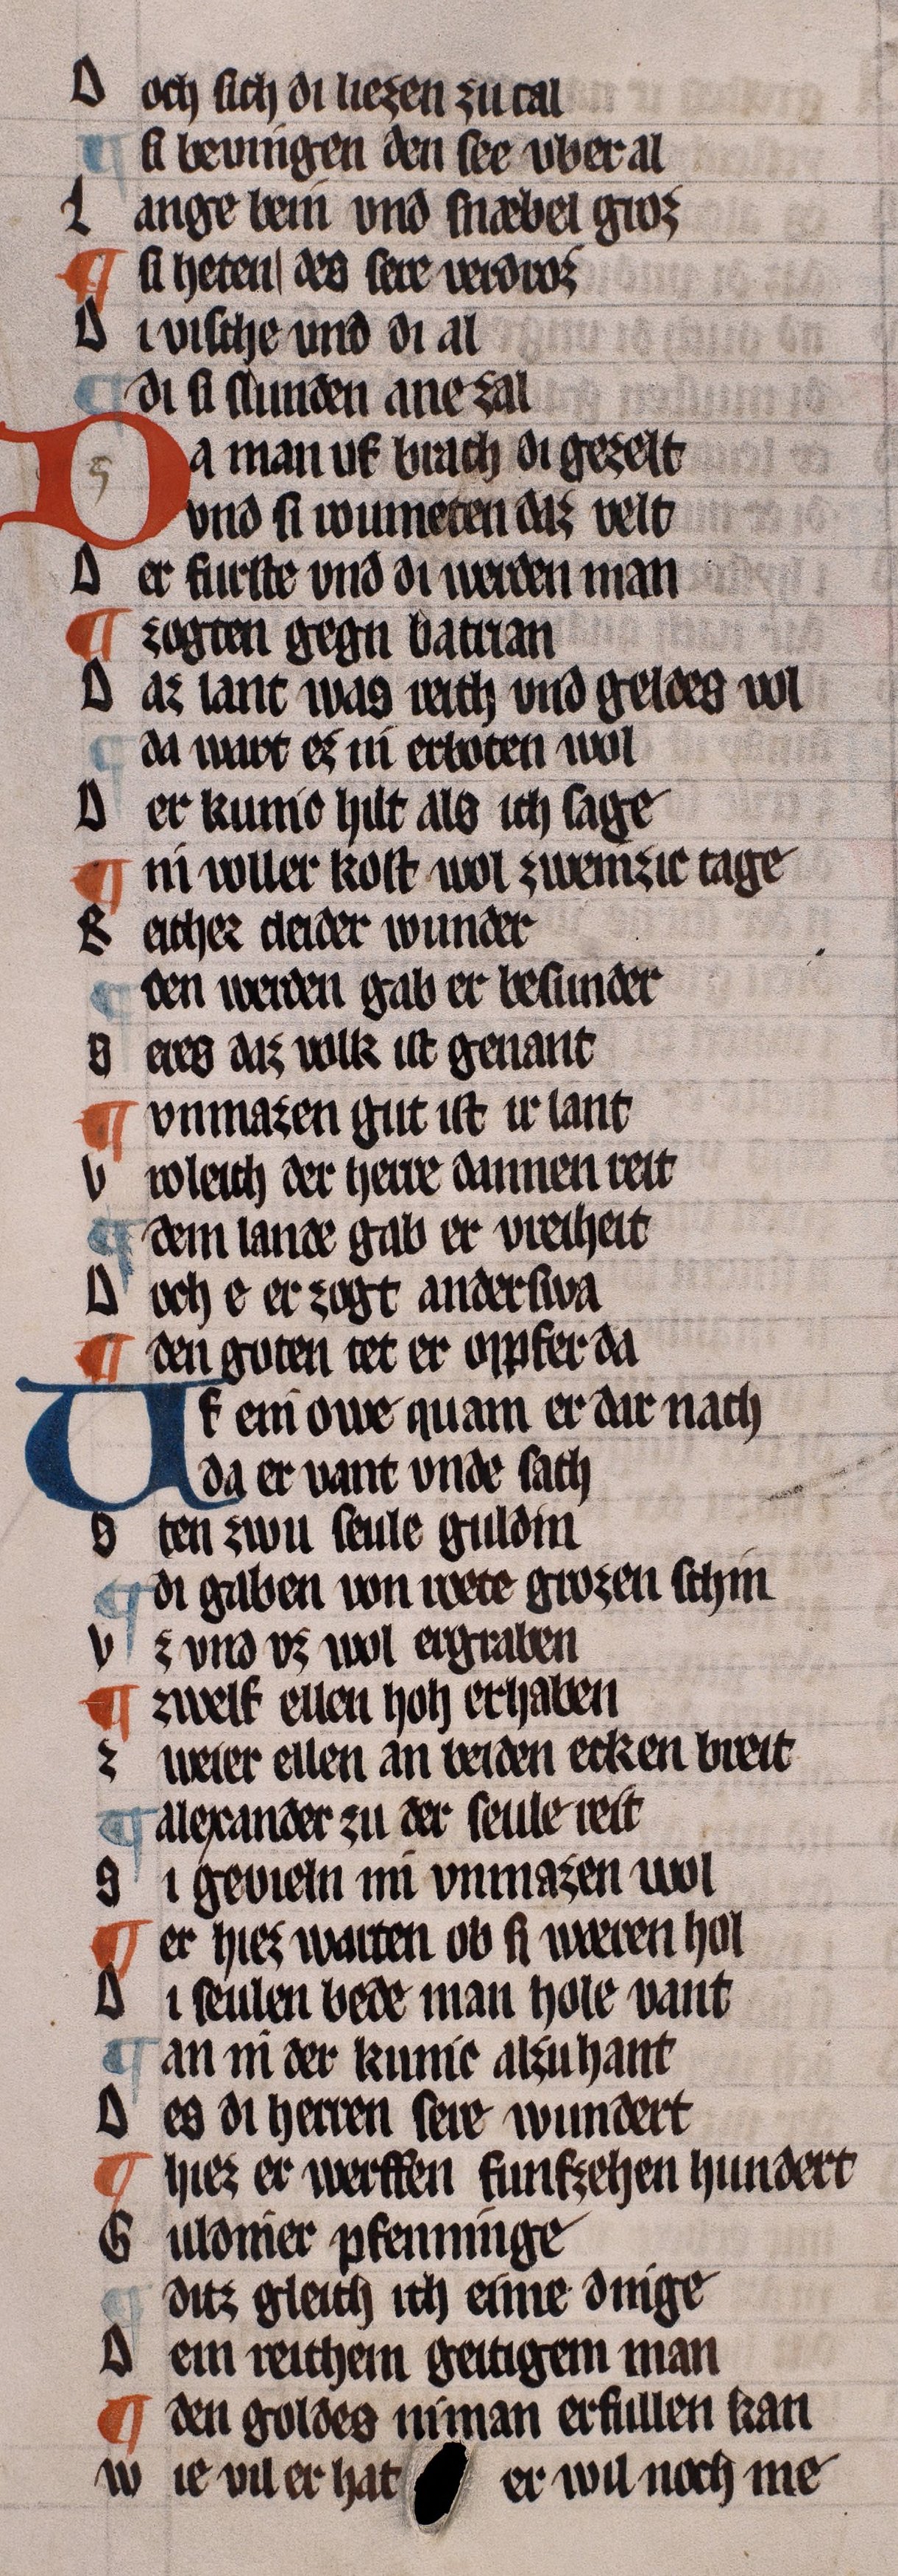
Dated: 1322–1322